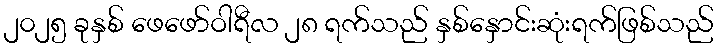
၂၀၂၅ ခုနှစ် ဖေဖော်ဝါရီလ ၂၈ ရက်သည် နှစ်နှောင်းဆုံးရက်ဖြစ်သည်